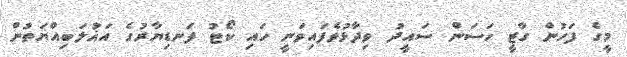
މީގެ ފަހުން ގާޒީ ހަސަން ސައީދު ވިދާޅުވެފައިވަނީ ހައި ކޯޓު ފަނޑިޔާރުގެ އަޣުލަބިއްޔަތުން